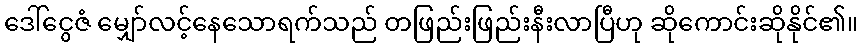
ဒေါ်ငွေဇံ မျှော်လင့်နေသောရက်သည် တဖြည်းဖြည်းနီးလာပြီဟု ဆိုကောင်းဆိုနိုင်၏။